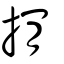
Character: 掯